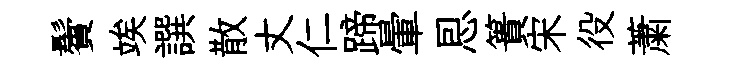
鬢竢譔散丈仁蹄暈㤙簣宋役䔥